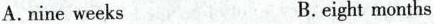
A.nine weeks B.eight months